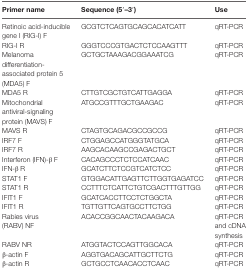
<table><thead><tr><td><b>Primer name</b></td><td><b>Sequence (5′–3′)</b></td><td><b>Use</b></td></tr></thead><tbody><tr><td>Retinoic acid-inducible gene I (RIG-I) F</td><td>GCGTCTCAGTGCAGCACATCATT</td><td>qRT-PCR</td></tr><tr><td>RIG-I R</td><td>GGGTCCCGTGACTCTCCAAGTTT</td><td>qRT-PCR</td></tr><tr><td>Melanoma differentiation-associated protein 5 (MDA5) F</td><td>GCTGCTAAAGACGGAAATCG</td><td>qRT-PCR</td></tr><tr><td>MDA5 R</td><td>CTTGTCGCTGTCATTGAGGA</td><td>qRT-PCR</td></tr><tr><td>Mitochondrial antiviral-signaling protein (MAVS) F</td><td>ATGCCGTTTGCTGAAGAC</td><td>qRT-PCR</td></tr><tr><td>MAVS R</td><td>CTAGTGCAGACGCCGCCG</td><td>qRT-PCR</td></tr><tr><td>IRF7 F</td><td>CTGGAGCCATGGGTATGCA</td><td>qRT-PCR</td></tr><tr><td>IRF7 R</td><td>AAGCACAAGCCGAGACTGCT</td><td>qRT-PCR</td></tr><tr><td>Interferon (IFN)-β F</td><td>CACAGCCCTCTCCATCAAC</td><td>qRT-PCR</td></tr><tr><td>IFN-β R</td><td>GCATCTTCTCCGTCATCTCC</td><td>qRT-PCR</td></tr><tr><td>STAT1 F</td><td>GTGGACATTGAGTTCTTGGTGAGATCC</td><td>qRT-PCR</td></tr><tr><td>STAT1 R</td><td>CCTTTCTCATTCTGTCGACTTTGTTGG</td><td>qRT-PCR</td></tr><tr><td>IFIT1 F</td><td>GCATCACCTTCCTCTGGCTA</td><td>qRT-PCR</td></tr><tr><td>IFIT1 R</td><td>TGTTGTTCAGTGCCTTCTGG</td><td>qRT-PCR</td></tr><tr><td>Rabies virus (RABV) NF</td><td>ACACCGGCAACTACAAGACA</td><td>qRT-PCR and cDNA synthesis</td></tr><tr><td>RABV NR</td><td>ATGGTACTCCAGTTGGCACA</td><td>qRT-PCR</td></tr><tr><td>β-actin F</td><td>AGGTGACAGCATTGCTTCTG</td><td>qRT-PCR</td></tr><tr><td>β-actin R</td><td>GCTGCCTCAACACCTCAAC</td><td>qRT-PCR</td></tr></tbody></table>